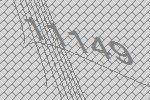
11149